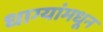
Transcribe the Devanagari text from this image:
धाग्यांमधून